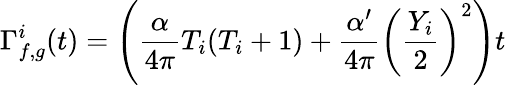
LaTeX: \Gamma_{f,g}^{i}(t)=\left(\frac{\alpha}{4\pi}T_{i}(T_{i}+1)+\frac{\alpha^{\prime}}{4\pi}\left(\frac{Y_{i}}{2}\right)^{2}\right)t